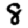
Digit: 8